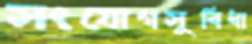
সংযোগসুবিধা